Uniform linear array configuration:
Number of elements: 32
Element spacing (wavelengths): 1
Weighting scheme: hamming
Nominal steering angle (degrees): -60
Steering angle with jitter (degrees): -59.642
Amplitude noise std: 0.05
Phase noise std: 0.05

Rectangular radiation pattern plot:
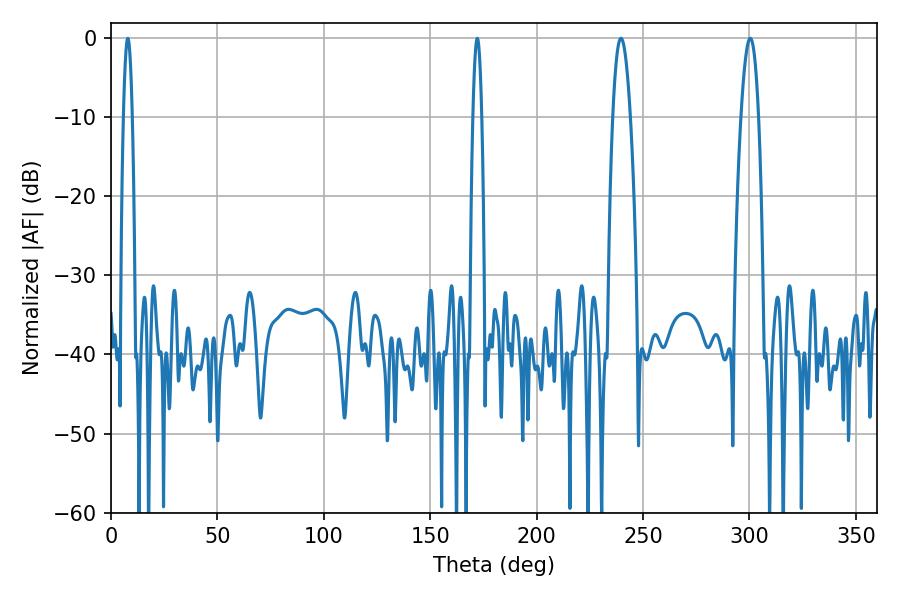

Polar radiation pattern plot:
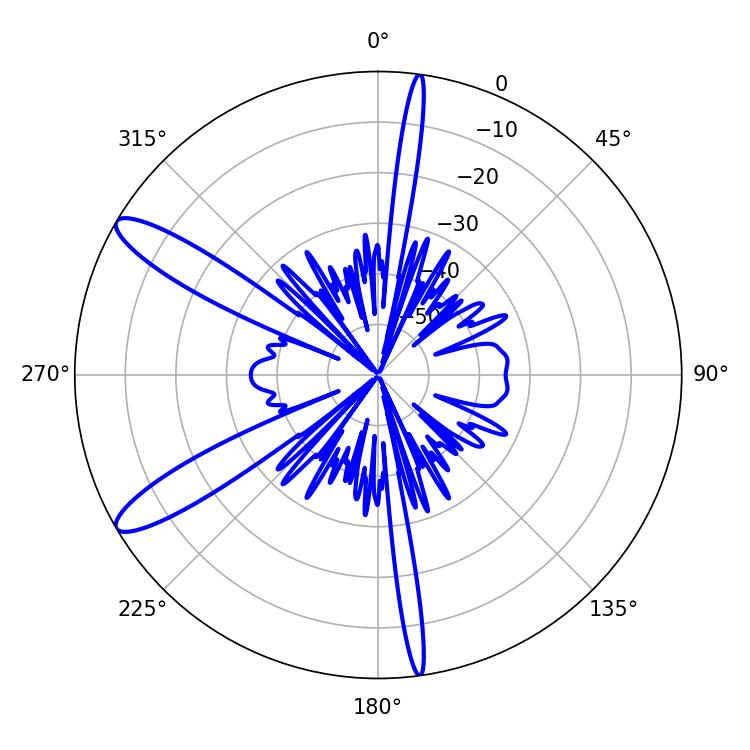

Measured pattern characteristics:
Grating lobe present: TRUE
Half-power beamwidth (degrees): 4.5
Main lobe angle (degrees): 239.58